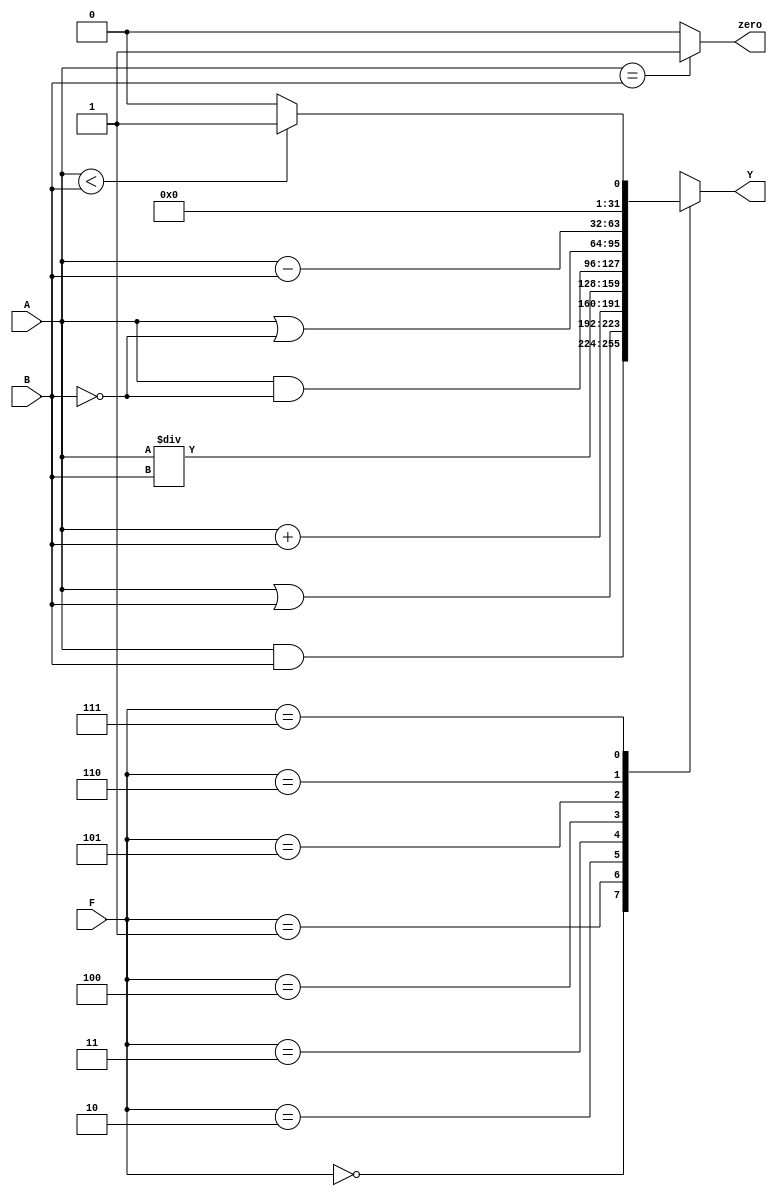
//AUL
module  ALU(
		       input [31:0] A,         //A
		       input [31:0] B,         //B
		       input [2:0] F,          //
		       output reg [31:0] Y,    //Y
		       output   zero          //0
		       );

always @(*)
      begin
        case(F)
            3'b000: Y<=A&B;
            3'b001: Y<=A|B;
            3'b010: Y<=A+B;
            3'b011: Y<=A/B;
            3'b100: Y<=A&(~B);
            3'b101: Y<=A|(~B);
            3'b110: Y<=A-B;
            3'b111: begin
                        if(A<B)
                          Y<=1;
                        else
                          Y<=0;
                   end
        endcase
      end
assign zero=(A==B)?1'b1:1'b0;
endmodule